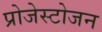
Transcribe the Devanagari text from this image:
प्रोजेस्टोजन